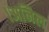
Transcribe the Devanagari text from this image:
।अनिल